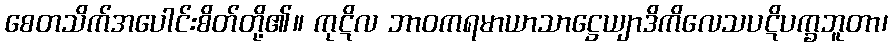
စေတသိက်အပေါင်းစိတ်တို့၏။ ကုဋိလ ဘာဝကရမာယာသာဋ္ဌေယျာဒိကိလေသပဋိပက္ခဘူတာ၊